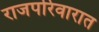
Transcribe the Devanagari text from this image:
राजपरिवारात